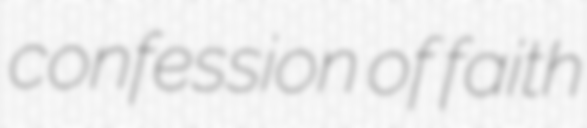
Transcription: confession of faith